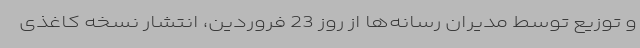
و توزیع توسط مدیران رسانه‌ها از روز 23 فروردین، انتشار نسخه کاغذی